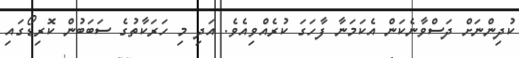
ކުދިންނަށް ދަސްވާނެކަން އެކަމަނާ ފާހަގަ ކުރެއްވިއެވެ. އަދި މި ހަރަކާތުގެ ސަބަބުން ކޮރިޑޯގައި